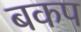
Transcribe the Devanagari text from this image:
बकप